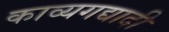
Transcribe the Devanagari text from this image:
काव्यगद्यादी